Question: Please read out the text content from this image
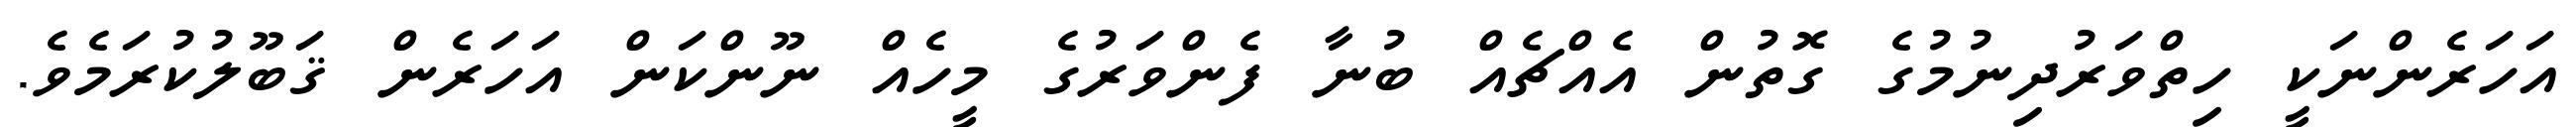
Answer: އަހަރެންނަކީ ހިތްވަރުދިނުމުގެ ގޮތުން އެއްޗެއް ބުނާ ފެންވަރުގެ މީހެއް ނޫންކަން އަހަރެން ޤަބޫލުކުރަމެވެ.